Rangoon Lunatic Asylum 1878-1892 - 1878-1892
Year: 1878
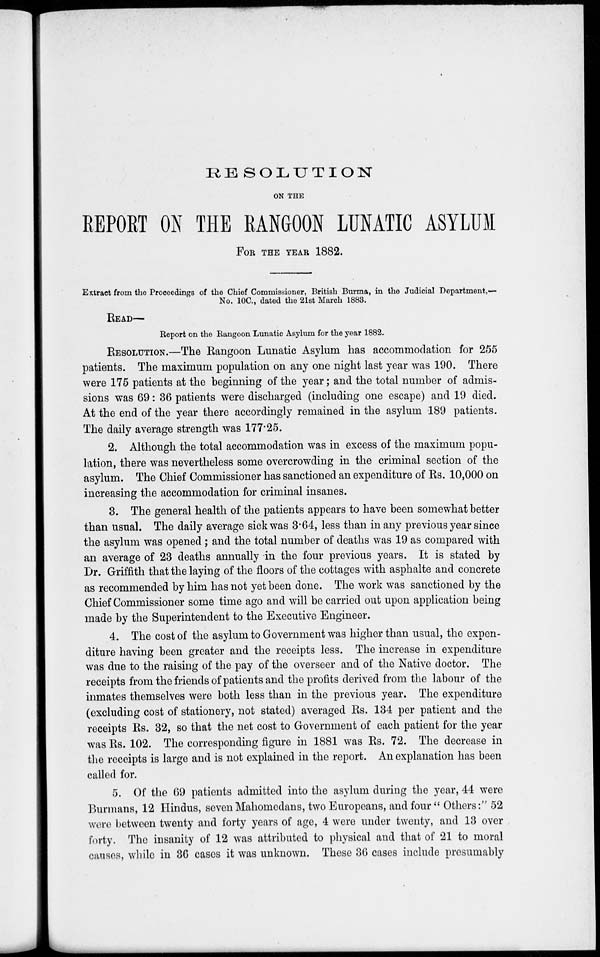
RESOLUTION
ON THE
REPORT ON THE RANGOON LUNATIC ASYLUM
FOR THE YEAR 1882.
Extract from the Proceedings of the Chief Commissioner, British Burma, in the Judicial Department,—
No. 10C, dated the 21st March 1883.
READ—
Report on the Rangoon Lunatic Asylum for the year 1882.
RESOLUTION.—The Rangoon Lunatic Asylum has accommodation for 255
patients. The maximum population on any one night last year was 190. There
were 175 patients at the beginning of the year ; and the total number of admis-
sions was 69: 36 patients were discharged (including one escape) and 19 died.
At the end of the year there accordingly remained in the asylum 189 patients.
The daily average strength was 177.25.
2. Although the total accommodation was in excess of the maximum popu-
lation, there was nevertheless some overcrowding in the criminal section of the
asylum. The Chief Commissioner has sanctioned an expenditure of Rs. 10,000 on
increasing the accommodation for criminal insanes.
3. The general health of the patients appears to have been somewhat better
than usual. The daily average sick was 3.64, less than in any previous year since
the asylum was opened ; and the total number of deaths was 19 as compared with
an average of 23 deaths annually in the four previous years. It is stated by
Dr. Griffith that the laying of the floors of the cottages with asphalte and concrete
as recommended by him has not yet been done. The work was sanctioned by the
Chief Commissioner some time ago and will be carried out upon application being
made by the Superintendent to the Executive Engineer.
4. The cost of the asylum to Government was higher than usual, the expen-
diture having been greater and the receipts less. The increase in expenditure
was due to the raising of the pay of the overseer and of the Native doctor. The
receipts from the friends of patients and the profits derived from the labour of the
inmates themselves were both less than in the previous year. The expenditure
(excluding cost of stationery, not stated) averaged Rs. 134 per patient and the
receipts Rs. 32, so that the net cost to Government of each patient for the year
was Rs. 102. The corresponding figure in 1881 was Rs. 72. The decrease in
the receipts is large and is not explained in the report. An explanation has been
called for.
5. Of the 69 patients admitted into the asylum during the year, 44 were
Burmans, 12 Hindus, seven Mahomedans, two Europeans, and four " Others:" 52
were between twenty and forty years of age, 4 were under twenty, and 13 over
forty. The insanity of 12 was attributed to physical and that of 21 to moral
causes, while in 36 cases it was unknown. These 36 cases include presumably